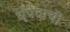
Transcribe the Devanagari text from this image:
धृपदाची